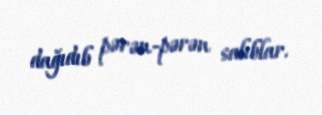
dağıdıb pərən-pərən salıblar.